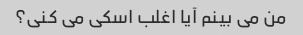
من می بینم آیا اغلب اسکی می کنی؟